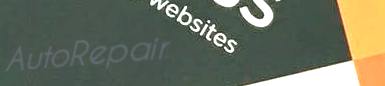
AutoRepair